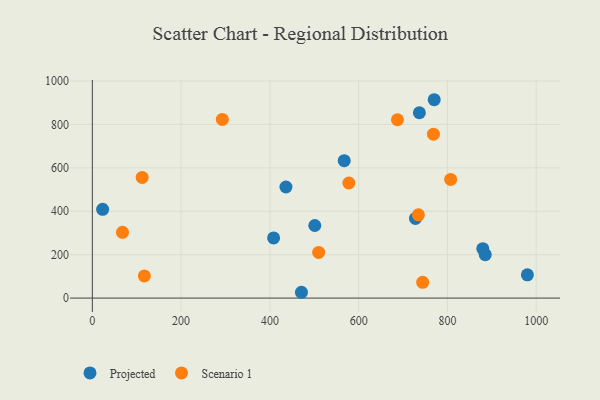
{"axis": {"x": "Experience", "y": "Salary"}, "legend": ["Projected", "Scenario 1"], "data": [{"x": "436.2", "y": 511.7, "type": "Projected"}, {"x": "501.2", "y": 334.5, "type": "Projected"}, {"x": "885.2", "y": 199.9, "type": "Projected"}, {"x": "879.7", "y": 227.6, "type": "Projected"}, {"x": "736.8", "y": 854.0, "type": "Projected"}, {"x": "23.2", "y": 409.0, "type": "Projected"}, {"x": "408.4", "y": 277.0, "type": "Projected"}, {"x": "471.1", "y": 26.8, "type": "Projected"}, {"x": "728.0", "y": 366.9, "type": "Projected"}, {"x": "770.2", "y": 913.9, "type": "Projected"}, {"x": "980.1", "y": 107.0, "type": "Projected"}, {"x": "567.5", "y": 633.3, "type": "Projected"}, {"x": "744.2", "y": 72.8, "type": "Scenario 1"}, {"x": "117.2", "y": 102.3, "type": "Scenario 1"}, {"x": "734.6", "y": 383.8, "type": "Scenario 1"}, {"x": "68.0", "y": 303.1, "type": "Scenario 1"}, {"x": "768.5", "y": 755.1, "type": "Scenario 1"}, {"x": "509.9", "y": 210.4, "type": "Scenario 1"}, {"x": "292.9", "y": 823.1, "type": "Scenario 1"}, {"x": "577.9", "y": 530.2, "type": "Scenario 1"}, {"x": "807.2", "y": 546.8, "type": "Scenario 1"}, {"x": "687.4", "y": 821.7, "type": "Scenario 1"}, {"x": "112.3", "y": 555.7, "type": "Scenario 1"}]}